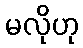
မလိုဟု